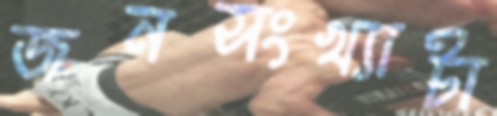
জনসংখ্যাটা